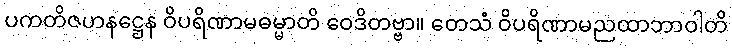
ပကတိဇဟနဋ္ဌေန ဝိပရိဏာမဓမ္မာတိ ဝေဒိတဗ္ဗာ။ တေသံ ဝိပရိဏာမညထာဘာဝါတိ